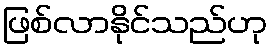
ဖြစ်လာနိုင်သည်ဟု